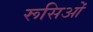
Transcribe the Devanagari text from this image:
रूसिओं